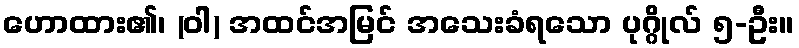
ဟောထား၏၊ (ဝါ) အထင်အမြင် အသေးခံရသော ပုဂ္ဂိုလ် ၅-ဦး။